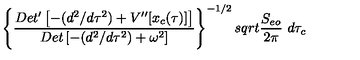
\left\{ { \frac { D e t ^ { \prime } \left[ - ( d ^ { 2 } / d \tau ^ { 2 } ) + V ^ { \prime \prime } [ x _ { c } ( \tau ) ] \right] } { D e t \left[ - ( d ^ { 2 } / d \tau ^ { 2 } ) + \omega ^ { 2 } \right] } } \right\} ^ { - 1 / 2 } s q r t { { \frac { S _ { e o } } { 2 \pi } } } \ d \tau _ { c }